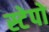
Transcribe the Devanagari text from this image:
स्टेपो